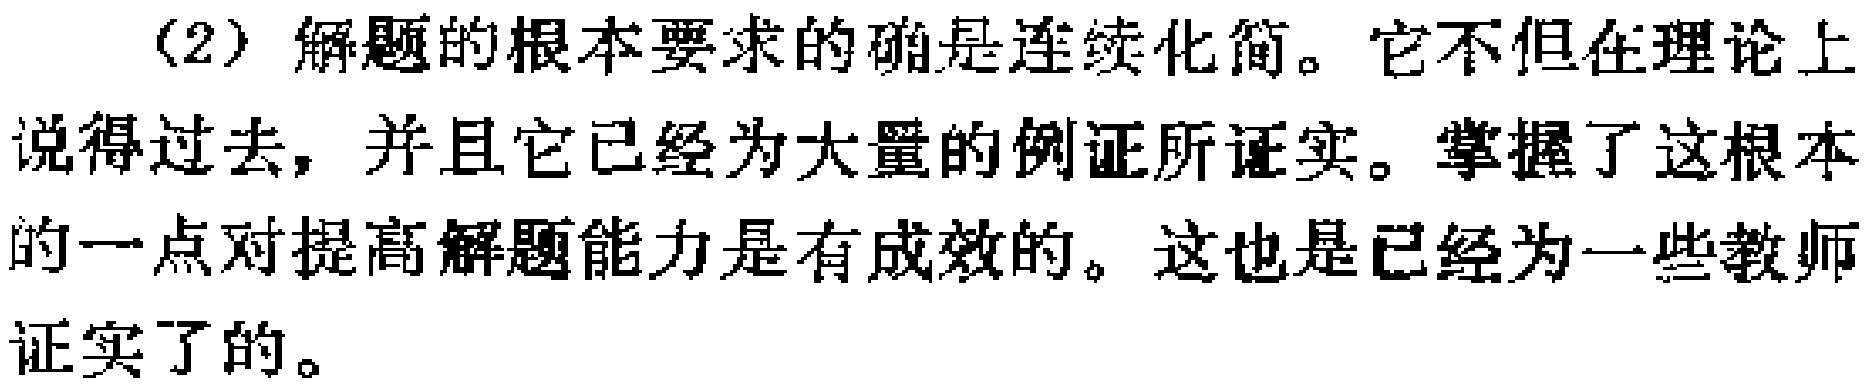
（2）解题的根本要求的确是连续化简。它不但在理论上说得过去，并且它已经为大量的例证所证实。掌握了这根本的一点对提高解题能力是有成效的。这也是已经为一些教师证实了的。